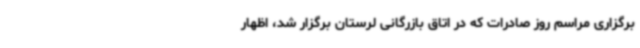
برگزاری مراسم روز صادرات که در اتاق بازرگانی لرستان برگزار شد، اظهار